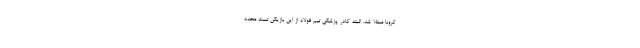
کرونا مبتلا شد. البته کادر پزشکی تیم فولاد از این بازیکن تست مجدد